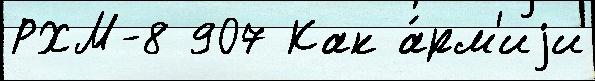
РХМ-8 907 Как а́рм'иjи